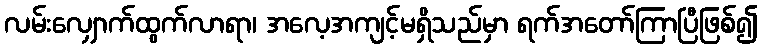
လမ်းလျှောက်ထွက်လာရာ၊ အလေ့အကျင့်မရှိသည်မှာ ရက်အတော်ကြာပြီဖြစ်၍